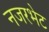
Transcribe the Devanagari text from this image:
नजरभेट